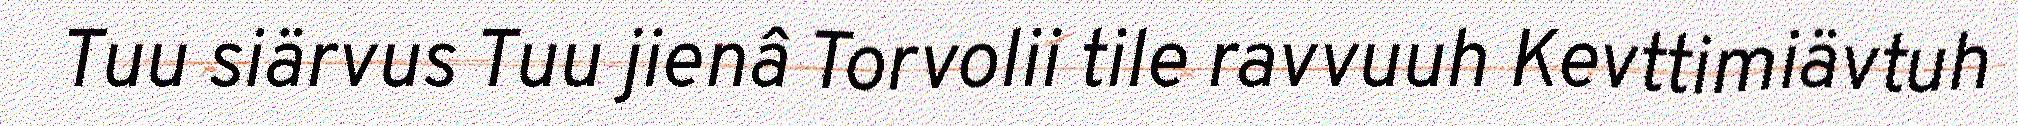
Tuu siärvus Tuu jienâ Torvolii tile ravvuuh Kevttimiävtuh